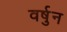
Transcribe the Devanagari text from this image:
वर्षुन